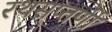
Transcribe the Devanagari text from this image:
रथसप्‍तर्णी